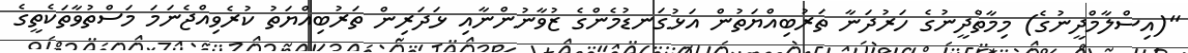
"(އިސްލާމްދީނުގެ) މިމާތްދީނުގެ ހަރުދަނާ ތަރުބިއްޔަތުން އަޅުގަނޑުމެންގެ ޒުވާނުންނާއި ޅަދަރިން ތަރުބިއްޔަތު ކުރެވިއްޖެނަމަ މަސްތުވާތަކެތީގެ